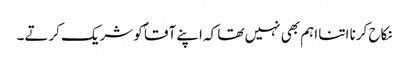
نکاح کرنا اتنا اہم بھی نہیں تھا کہ اپنے آقاؐ کو شریک کرتے۔